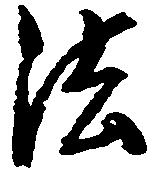
法